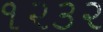
૧૨૩૨